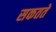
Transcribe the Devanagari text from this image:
सकतते